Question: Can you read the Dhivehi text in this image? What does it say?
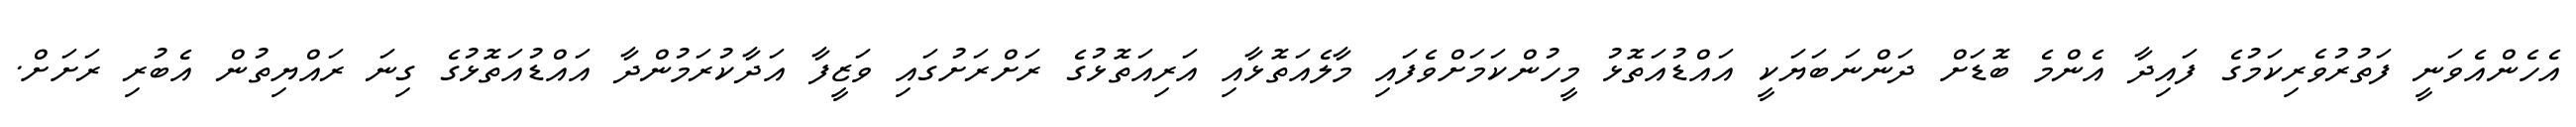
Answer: އެހެންއެވަނީ ފަތުރުވެރިކަމުގެ ފައިދާ އެންމެ ބޮޑަށް ދަންނަބަޔަކީ އައްޑުއަތޮޅު މީހުންކަމަށްވެފައި މާލެއަތޮޅާއި އަރިއަތޮޅުގެ ރަށްރަށުގައި ވަޒީފާ އަދާކުރަމުންދާ އައްޑުއަތޮޅުގެ ގިނަ ރައްޔިތުން އެބުރި ރަށަށް.